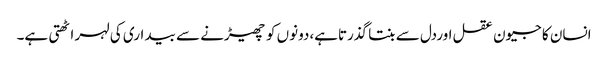
انسان کا جیون عقل اوردل سے بنتا گذرتاہے،دونوں کو چھیڑنے سے بیداری کی لہر اٹھتی ہے۔